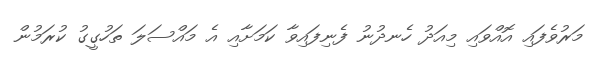
މަރުވެފައި އޮއްވައި މިއަދު ހެނދުނު ފެނިފައިވާ ކަމަށާއި އެ މައްސަލަ ތަހުގީގު ކުރަމުން